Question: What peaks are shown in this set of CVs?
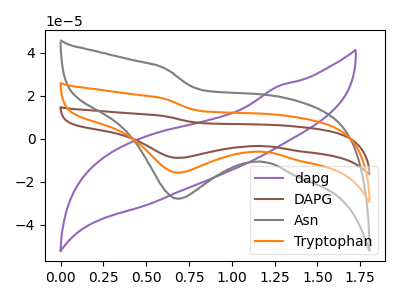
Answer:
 <answer>The purple curve "dapg" has no peaks. The brown curve "DAPG" has a cathodic peak at: (0.70V, -31.65uA). The gray curve "Asn" has a cathodic peak at: (0.70V, -28.00uA). The orange curve "Tryptophan" has a cathodic peak at: (0.70V, -15.85uA).</answer>
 <eval></eval>